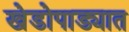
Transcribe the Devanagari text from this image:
खेडोपाड्यात